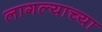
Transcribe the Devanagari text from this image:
लागल्याच्या